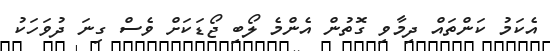
އެކަމު ކަންތައް ދިމާވި ގޮތުން އެންމެ ލޯބި ޖޯޑަކަށް ވެސް ގިނަ ދުވަހަކު